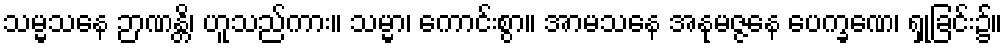
သမ္မသနေ ဉာဏန္တိ၊ ဟူသည်ကား။ သမ္မာ၊ ကောင်းစွာ။ အာမသနေ အနုမဇ္ဇနေ ပေက္ခဏေ၊ ရှုခြင်း၌။